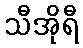
သီအိုရီ